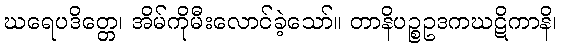
ဃရေပဒိတ္တေ၊ အိမ်ကိုမီးလောင်ခဲ့သော်။ တာနိပဉ္စဥဒကဃဋိကာနိ၊